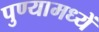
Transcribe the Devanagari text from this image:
पुण्यामध्यें